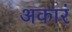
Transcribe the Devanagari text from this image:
अकारं